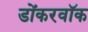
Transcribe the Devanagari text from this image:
डोंकरवॉक